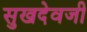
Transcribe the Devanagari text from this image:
सुखदेवजी